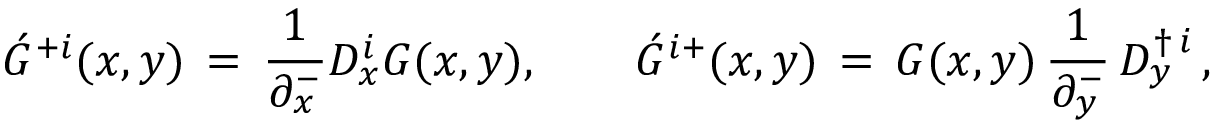
\acute { G } ^ { + i } ( x , y ) \, = \, { \frac { 1 } { \partial _ { x } ^ { - } } } { \cal D } _ { x } ^ { i } G ( x , y ) , \qquad \acute { G } ^ { i + } ( x , y ) \, = \, G ( x , y ) \, { \frac { 1 } { \partial _ { y } ^ { - } } } \, { \cal D } _ { y } ^ { \dagger \, i } \, ,